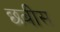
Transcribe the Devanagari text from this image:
छबीस